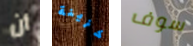
أن خزينة سوف